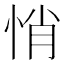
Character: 悄